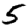
Digit: 5